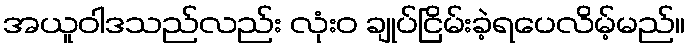
အယူဝါဒသည်လည်း လုံးဝ ချုပ်ငြိမ်းခဲ့ရပေလိမ့်မည်။